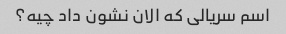
اسم سریالی که الان نشون داد چیه؟